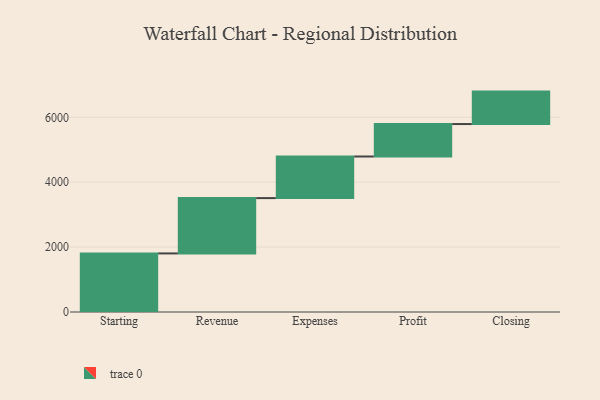
{"axis": {"x": "Step", "y": "Value"}, "legend": [""], "data": [{"x": "Starting", "y": 1805.0, "type": ""}, {"x": "Revenue", "y": 1705.0, "type": ""}, {"x": "Expenses", "y": 1282.0, "type": ""}, {"x": "Profit", "y": 1000, "type": ""}, {"x": "Closing", "y": 1000, "type": ""}]}